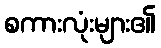
စကားလုံးများ၏